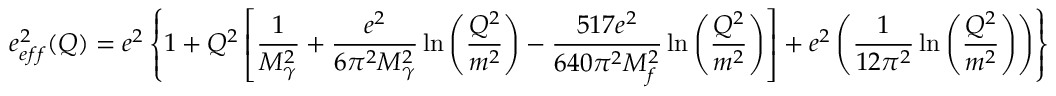
e _ { e f f } ^ { 2 } ( Q ) = e ^ { 2 } \left\lbrace 1 + Q ^ { 2 } \left[ \frac { 1 } { M _ { \gamma } ^ { 2 } } + \frac { e ^ { 2 } } { 6 \pi ^ { 2 } M _ { \gamma } ^ { 2 } } \ln \left( \frac { Q ^ { 2 } } { m ^ { 2 } } \right) - \frac { 5 1 7 e ^ { 2 } } { 6 4 0 \pi ^ { 2 } M _ { f } ^ { 2 } } \ln \left( \frac { Q ^ { 2 } } { m ^ { 2 } } \right) \right] + e ^ { 2 } \left( \frac { 1 } { 1 2 \pi ^ { 2 } } \ln \left( \frac { Q ^ { 2 } } { m ^ { 2 } } \right) \right) \right\rbrace